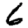
Digit: 6